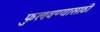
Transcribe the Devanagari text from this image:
फुलवण्यासाठी